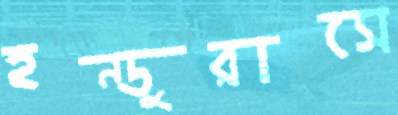
হন্ডুরাসে